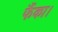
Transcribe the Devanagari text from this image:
फैंका।